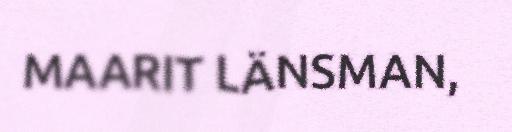
MAARIT LÄNSMAN,